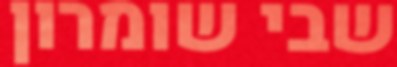
שבי שומרון